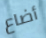
أضاع